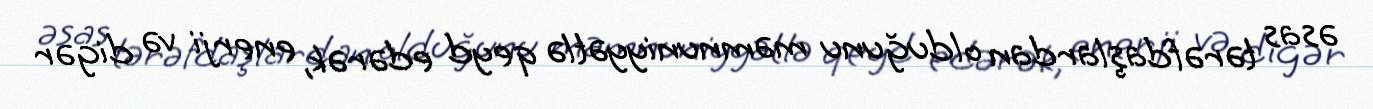
əsas tərəfdaşlardan olduğunu məmnuniyyətlə qeyd edərək, enerji və digər